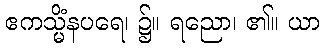
ဧကသ္မိံနပရေ၊ ၌။ ရညော၊ ၏။ ယာ